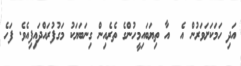
އަދި ހަމަކަށަވަރުން އެ  އާ ތިޔަބައިމީހުންގެ ތެރެއިން ގިނަބަޔަކު މަގުފުރައްދައިފިއެވެ. ފަހެ